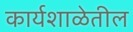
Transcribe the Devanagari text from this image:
कार्यशाळेतील